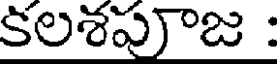
కలశపూజ :